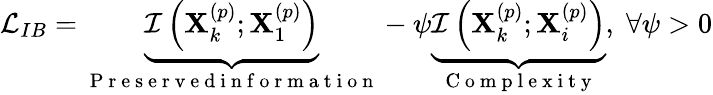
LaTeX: \begin{array}{r}{\mathcal{L}_{IB}=\underbrace{\mathcal{I}\left(\mathbf{X}_{k}^{\left(p\right)};\mathbf{X}_{1}^{\left(p\right)}\right)}_{\mathrm{~P~r~e~s~e~r~v~e~d~i~n~f~o~r~m~a~t~i~o~n~}}-\psi\underbrace{\mathcal{I}\left(\mathbf{X}_{k}^{\left(p\right)};\mathbf{X}_{i}^{\left(p\right)}\right)}_{\mathrm{~C~o~m~p~l~e~x~i~t~y~}},\; \forall\psi>0}\end{array}